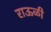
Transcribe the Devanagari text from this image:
राऊळी